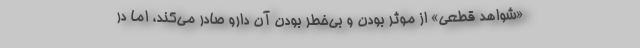
«شواهد قطعی» از موثر بودن و بی‌خطر بودن آن دارو صادر می‌کند، اما در